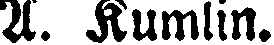
A. Kumlin.